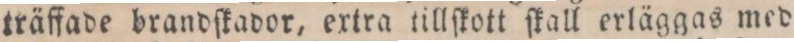
träffade brandſkador, extra tillſkott ſkall erläggas med